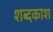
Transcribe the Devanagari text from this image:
शब्दकाश